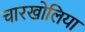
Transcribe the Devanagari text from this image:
चारखोलिया